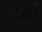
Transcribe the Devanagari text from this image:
जहॉँ